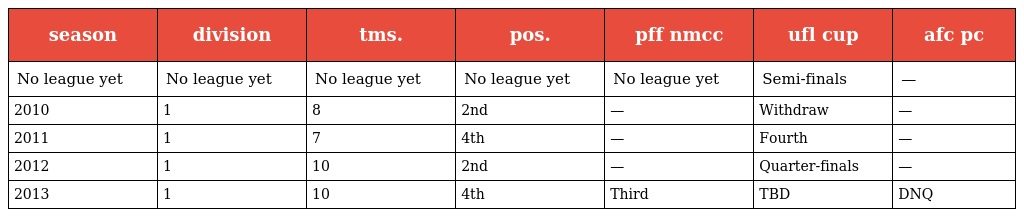
| season | division | tms. | pos. | pff nmcc | ufl cup | afc pc |
 | --- | --- | --- | --- | --- | --- | --- |
 | No league yet | No league yet | No league yet | No league yet | No league yet | Semi-finals | — |
 | 2010 | 1 | 8 | 2nd | — | Withdraw | — |
 | 2011 | 1 | 7 | 4th | — | Fourth | — |
 | 2012 | 1 | 10 | 2nd | — | Quarter-finals | — |
 | 2013 | 1 | 10 | 4th | Third | TBD | DNQ |